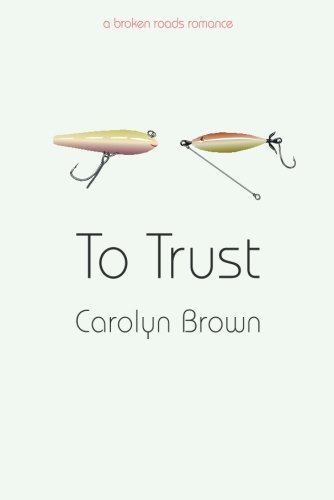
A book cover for To Trust (A Broken Roads Romance); Carolyn Brown; Literature & Fiction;